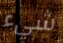
شيء